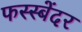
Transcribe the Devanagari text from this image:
फस्स्बेंदर